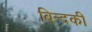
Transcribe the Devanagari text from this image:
बिन्‍दकी